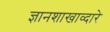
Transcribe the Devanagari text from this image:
ज्ञानशाखाव्दारे